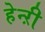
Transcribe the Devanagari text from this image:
हेन्ऱी